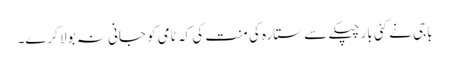
باجی نے کئی بار چپکے سے ستارہ کی منت کی کہ ٹامی کو جانی نہ بولا کرے۔